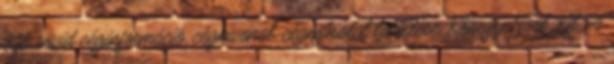
Kft. rövid céginformáció, cégkivonat, cégmásolat letöltése Kőhegy-Tool Kft. A